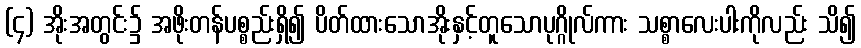
(၄) အိုးအတွင်း၌ အဖိုးတန်ပစ္စည်းရှိ၍ ပိတ်ထားသောအိုးနှင့်တူသောပုဂ္ဂိုလ်ကား သစ္စာလေးပါးကိုလည်း သိ၍